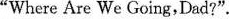
"Where Are We Going,Dad?".